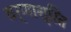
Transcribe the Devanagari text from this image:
वर्णाश्रित